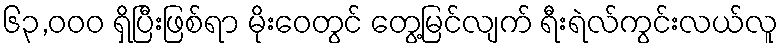
၆၃,၀၀၀ ရှိပြီးဖြစ်ရာ မိုးဝေတွင် တွေ့မြင်လျက် ရီးရဲလ်ကွင်းလယ်လူ